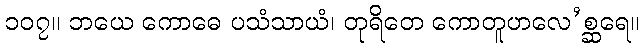
၁၀၇။ ဘယေ ကောဓေ ပသံသာယံ၊ တုရိတေ ကောတူဟလေ’စ္ဆရေ။